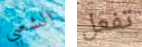
الشعبي تفعل